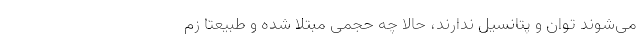
می‌شوند توان و پتانسیل ندارند، حالا چه حجمی مبتلا شده و طبیعتا زم